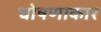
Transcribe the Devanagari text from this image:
घोषणाकार